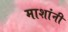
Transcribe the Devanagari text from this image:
माशांनी